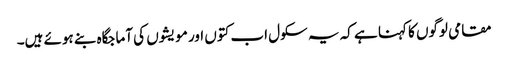
مقامی لوگوں کا کہنا ہے کہ یہ سکول اب کتوں اور مویشوں کی آماجگاہ بنے ہوئے ہیں۔